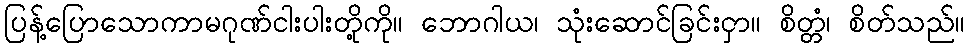
ပြန့်ပြောသောကာမဂုဏ်ငါးပါးတို့ကို။ ဘောဂါယ၊ သုံးဆောင်ခြင်းငှာ။ စိတ္တံ၊ စိတ်သည်။